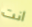
انت